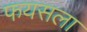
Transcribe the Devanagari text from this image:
फयसला